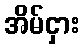
အိမ်ငှား